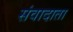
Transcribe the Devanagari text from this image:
संवादाता